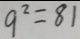
9 ^ { 2 } = 8 1